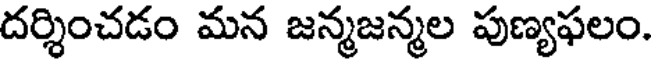
దర్శించడం మన జన్మజన్మల పుణ్యఫలం.